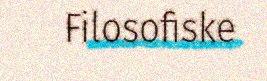
Filosofiske